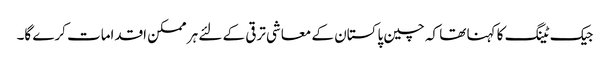
جیک ٹینگ کا کہنا تھا کہ چین پاکستان کے معاشی ترقی کے لئے ہر ممکن اقدامات کرے گا۔